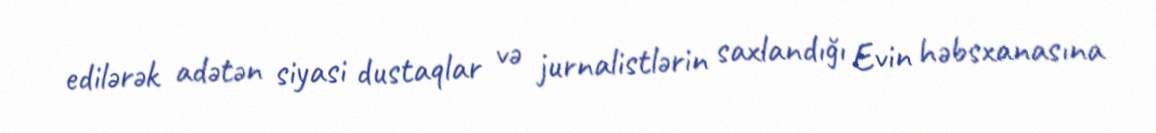
edilərək adətən siyasi dustaqlar və jurnalistlərin saxlandığı Evin həbsxanasına